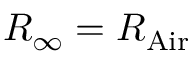
R _ { \infty } = R _ { \mathrm { { A i r } } }